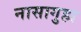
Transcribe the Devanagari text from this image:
नासागुहा